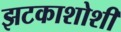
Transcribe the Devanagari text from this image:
झटकाशोशी